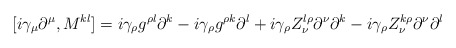
\begin{align*}[i\gamma_{\mu} \partial^{\mu}, M^{kl}]=i\gamma_{\rho}g^{\rho l}\partial^{k}-i\gamma_{\rho}g^{\rho k}\partial^{l}+i\gamma_{\rho} Z^{l \rho}_{\nu} \partial^{\nu} \partial^{k}-i\gamma_{\rho} Z^{k \rho}_{\nu} \partial^{\nu} \partial^{l}\end{align*}